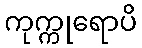
ကုက္ကုရောပိ